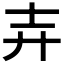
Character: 𮰰